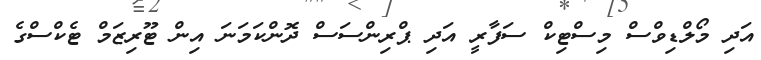
އަދި މޯލްޑިވްސް މިސްޓިކް ސަފާރީ އަދި ޕްރިންސަސް ދޮންކަމަނަ އިން ޓޫރިޒަމް ޓެކްސްގެ